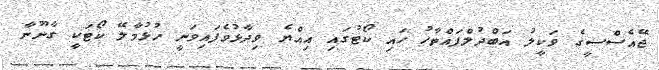
ޖޭއެސްސީގެ ވަކީލު އަބްދުލްފައްތާހު ހައި ކޯޓުގައި އިއްޔެ ވިދާޅުވެފައިވަނީ ހުޅުމާލޭ ކޯޓަކީ ގާނޫނާ